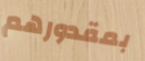
بمقدورهم